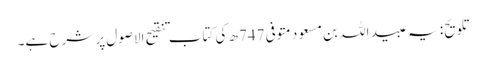
تلویح: یہ عبید اللہ بن مسعود متوفی 747ھ کی کتاب تنقیح الاصول پر شرح ہے۔